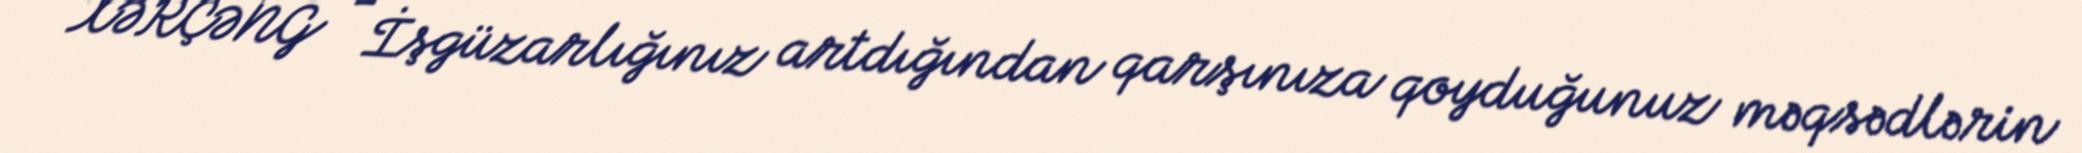
XƏRÇƏNG - İşgüzarlığınız artdığından qarşınıza qoyduğunuz məqsədlərin